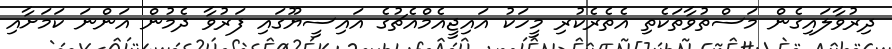
ދިރުވާލައިގެން މަސްތުވާތަކެތި އެތެރެކުރި މީހަކު އައިޖީއެމްއެޗުގެ އައިސީޔޫގައި ފަރުވާ ދެމުން އަންނަ ކަމަށާއި